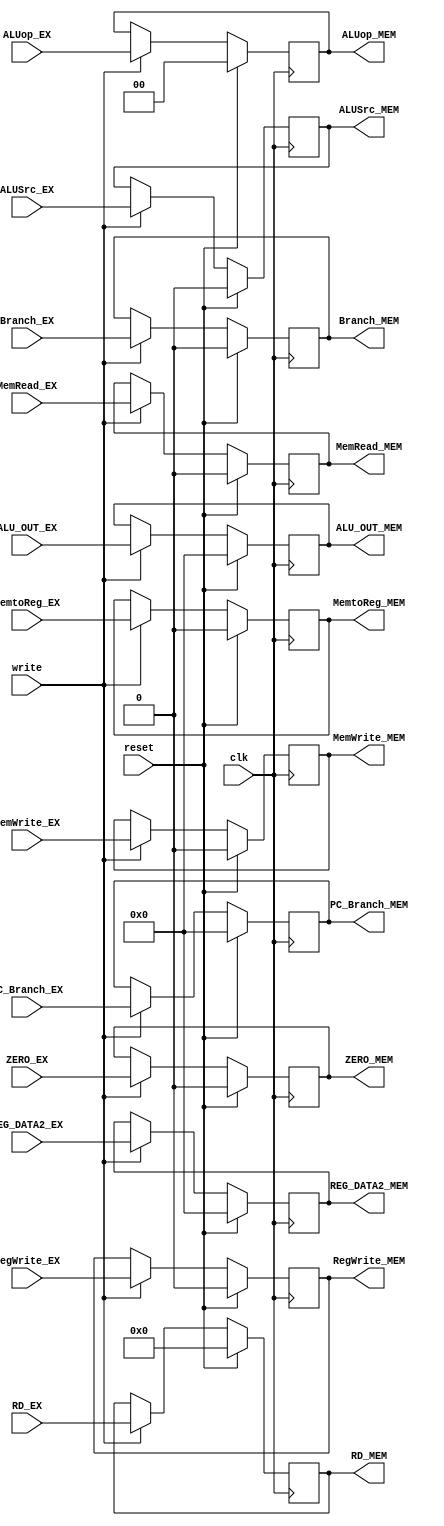
`timescale 1ns / 1ps

module EX_MEM(input clk,
              input reset,
              input write,
              
              input ZERO_EX,
              input [31:0] ALU_OUT_EX,
              input [31:0] PC_Branch_EX,
              input [31:0] REG_DATA2_EX,
              input [4:0] RD_EX,
              input RegWrite_EX,
              input MemtoReg_EX,
              input MemRead_EX,
              input MemWrite_EX,
              input [1:0] ALUop_EX,
              input ALUSrc_EX,
              input Branch_EX,
              
              output reg ZERO_MEM,
              output reg [31:0] ALU_OUT_MEM,
              output reg [31:0] PC_Branch_MEM,
              output reg [31:0] REG_DATA2_MEM,
              output reg [4:0] RD_MEM,
              output reg RegWrite_MEM,
              output reg MemtoReg_MEM,
              output reg MemRead_MEM,
              output reg MemWrite_MEM,
              output reg [1:0] ALUop_MEM,
              output reg ALUSrc_MEM,
              output reg Branch_MEM
              );
              
always@(posedge clk) begin
   if (reset) begin 
         ZERO_MEM <= 0;
         ALU_OUT_MEM <= 0;
         PC_Branch_MEM <= 32'b0;
         REG_DATA2_MEM <= 32'b0;
         RD_MEM <= 0;
         RegWrite_MEM <= 0;
         MemtoReg_MEM <= 0;
         MemRead_MEM <= 0;
         MemWrite_MEM <= 0;
         ALUop_MEM <= 0;
         ALUSrc_MEM <= 0;
         Branch_MEM <= 0;
   end 
   else begin 
     if (write) begin 
         ZERO_MEM <= ZERO_EX;
         ALU_OUT_MEM <= ALU_OUT_EX;
         PC_Branch_MEM <= PC_Branch_EX;
         REG_DATA2_MEM <= REG_DATA2_EX;
         RD_MEM <= RD_EX;
         RegWrite_MEM <= RegWrite_EX;
         MemtoReg_MEM <= MemtoReg_EX;
         MemRead_MEM <= MemRead_EX;
         MemWrite_MEM <= MemWrite_EX;
         ALUop_MEM <= ALUop_EX;
         ALUSrc_MEM <= ALUSrc_EX;
         Branch_MEM <= Branch_EX;
       end
   end 
end         
endmodule